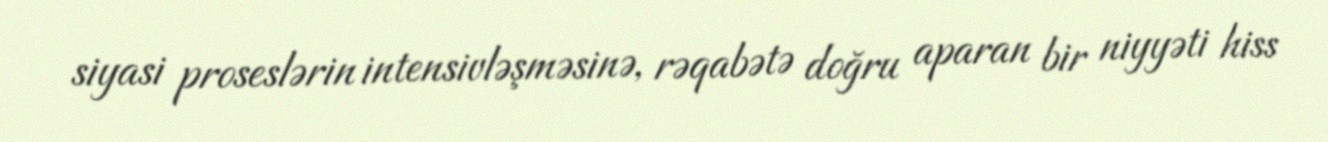
siyasi proseslərin intensivləşməsinə, rəqabətə doğru aparan bir niyyəti hiss